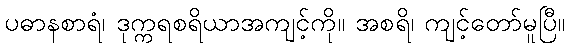
ပဓာနစာရံ၊ ဒုက္ကရစရိယာအကျင့်ကို။ အစရိ၊ ကျင့်တော်မူပြီ။